Report of an investigation into the causes of the diseases known in Assam as Kála-Azár and Beri-Beri
Disease focus: Beri-Beri
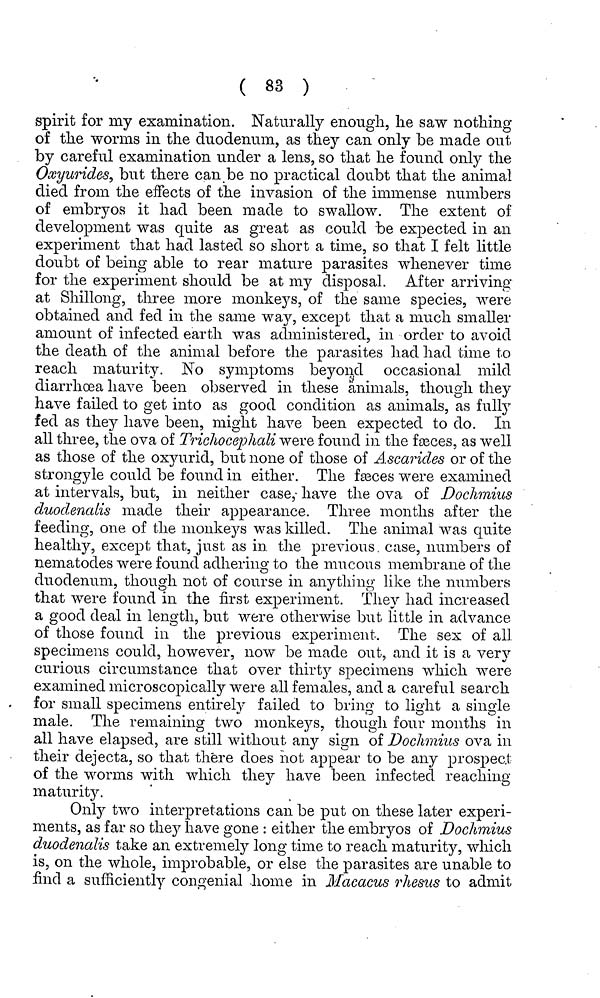
( 83 )
spirit for my examination. Naturally enough, lie saw nothing
of the worms in the duodenum, as they can only be made out
by careful examination under a lens, so that he found only the
Oxyurides, but there can be no practical doubt that the animal
died from the effects of the invasion of the immense numbers
of embryos it had been, made to swallow. The extent of
development was quite as great as could be expected in an
experiment that had lasted so short a time, so that I felt little
doubt of being able to rear mature parasites whenever time
for the experiment should be at my disposal. After arriving
at Shillong, three more monkeys, of the same species, were
obtained and fed in the same way, except that a much smaller
amount of infected earth was administered, in order to avoid
the death of the animal before the parasites had had time to
reach maturity. No symptoms beyond occasional mild
diarrhoea have been observed in these animals, though they
have failed to get into as good condition as animals, as fully
fed as they have been, might have been expected to do. In.
all three, the ova of Triclwcephali were found in the fasces, as well
as those of the oxyurid, but none of those of Ascarides or of the
strongyle could be found in either. The fasces were examined
at intervals, but, in neither case,- have the ova of Doclimius
duodenaiis made their appearance. Three months after the
feeding, one of the monkeys was killed. The animal was quite
healthy, except that, just as in the previous case, numbers of
nematodes were found adhering to the mucous membrane of the
duodenum, though not of course in anything like the numbers
that were found in the first experiment. They had increased
a good deal in length, but were otherwise but little in advance
of those found in the previous experiment. The sex of all
specimens could, however, now be made out, and it is a very
curious circumstance that over thirty specimens which were
examined microscopically were all females, and a careful search
for small specimens entirely failed to bring to light a single
male. The remaining two monke} 7 's, though four months in
all have elapsed, are still without any sign of Doclimius ova in
their dejecta, so that there does not appear to be any prospec.t
of the worms with which the} 7 " have been infected reaching
maturity.
Only two interpretations can be put on these later experi-
ments, as far so they have gone : either the embryos of Doclimius
duodenaiis take an extremely long time to reach maturity, which
is, on the whole, improbable, or else the parasites are unable to
find a sufficiently congenial home in Macacus rhesus to admit